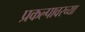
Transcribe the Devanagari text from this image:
प्रकल्पावरच्या